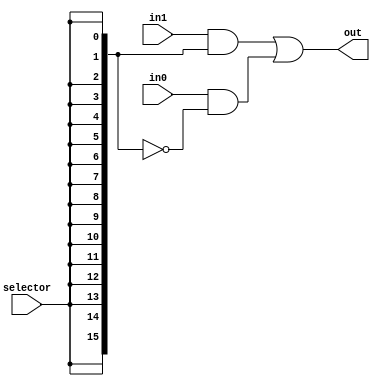
module multiplexer16 (
	input [15:0] in0,
	input [15:0] in1, 
	input selector, 
	output [15:0] out 
); 

	wire [15:0] s;

	assign s[0]  = selector;
	assign s[1]  = selector;
	assign s[2]  = selector;
	assign s[3]  = selector;
	assign s[4]  = selector;
	assign s[5]  = selector;
	assign s[6]  = selector;
	assign s[7]  = selector;
	assign s[8]  = selector;
	assign s[9]  = selector;
	assign s[10]  = selector;
	assign s[11]  = selector;
	assign s[12]  = selector;
	assign s[13]  = selector;
	assign s[14]  = selector;
	assign s[15]  = selector;
	
	assign out = (in1&s)|(in0&~s);

endmodule